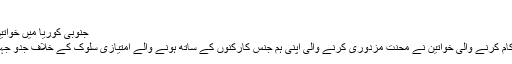
‘‘
جنوبی کوریا میں خواتین کے عالمی دن کے موقع پر ایک ریلی
یونان میں تارکین وطن کی حیثیت سے کام کرنے والی خواتین نے محنت مزدوری کرنے والی اپنی ہم جنس کارکنوں کے ساتھ ہونے والے امتیازی سلوک کے خلاف جدو جہد کو آگے بڑھانے کا عزم کر رکھا ہے۔